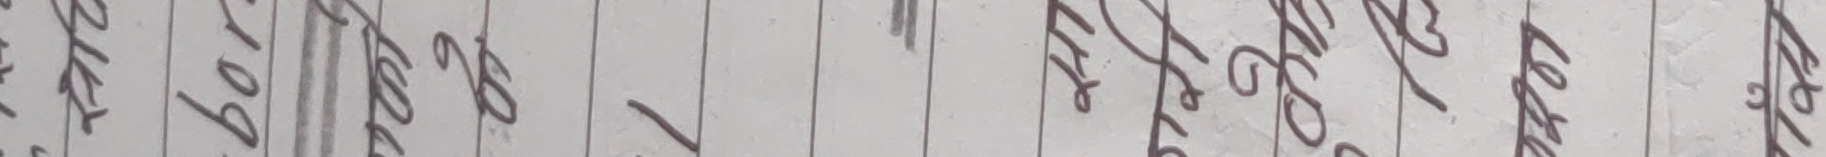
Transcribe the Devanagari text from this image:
कैल नोग पेड ब ल क लडेफ गोलेदे मलेक सेचेल फढेल